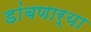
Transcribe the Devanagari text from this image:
डांबणार्‍या